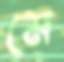
মে